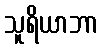
သူရိယာဘာ